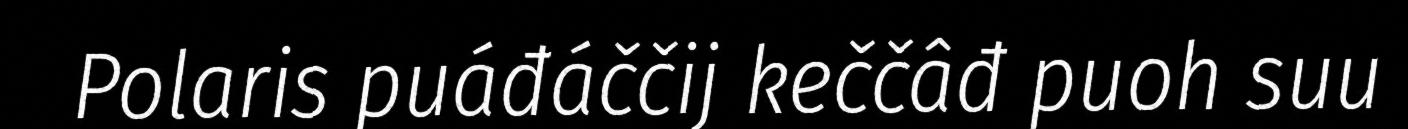
Polaris puáđáččij keččâđ puoh suu